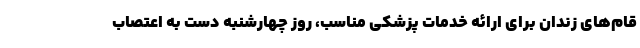
قام‌های زندان برای ارائه خدمات پزشکی مناسب، روز چهارشنبه دست به اعتصاب